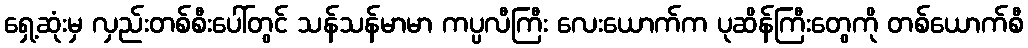
ရှေ့ဆုံးမှ လှည်းတစ်စီးပေါ်တွင် သန်သန်မာမာ ကပ္ပလီကြီး လေးယောက်က ပုဆိန်ကြီးတွေကို တစ်ယောက်စီ